Indian journal of veterinary science and animal husbandry - Volume 3,
Year: 1933
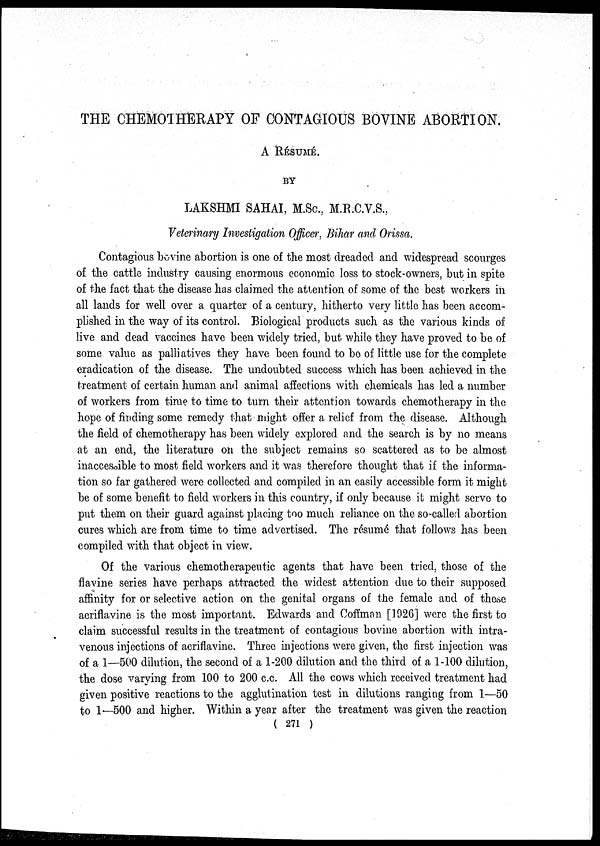
THE CHEMOTHERAPY OF CONTAGIOUS BOVINE ABORTION.
A RÉSUMÉ.
LAKSHMI SAHAI, M.Sc, M.R.C.V.S..
Veterinary Investigation Officer, Bihar and Orissa.
Contagious bovine abortion is one of the most dreaded and widespread scourges
of the cattle industry causing enormous economic loss to stock-owners, but in spite
of the fact that the disease has claimed the attention of some of the best workers in
all lands for well over a quarter of a century, hitherto very little has been accom-
plished in the way of its control. Biological products such as the various kinds of
live and dead vaccines have been widely tried, but while they have proved to be of
some value as palliatives they have been found to bo of little use for the complete
eradication of the disease. The undoubted success which has been achieved in the
treatment of certain human and animal affections with chemicals has led a number
of workers from time to time to turn their attention towards chemotherapy in the
hope of finding some remedy that might offer a relief from the disease. Although
the field of chemotherapy has been widely explored and the search is by no means
at an end, the literature on the subject remains so scattered as to be almost
inaccessible to most field workers and it was therefore thought that if the informa-
tion so far gathered were collected and compiled in an easily accessible form it might
be of some benefit to field workers in this country, if only because it might serve to
put them on their guard against placing too much reliance on the so-called abortion
cures which are from time to time advertised. The résumé that follows has been
compiled with that object in view.
Of the various chemotherapeutic agents that have been tried, those of the
flavine series have perhaps attracted the widest attention due to their supposed
affinity for or selective action on the genital organs of the female and of these
acriflavine is the most important. Edwards and Coffman [1926] were the first to
claim successful results in the treatment of contagious bovine abortion with intra-
venous injections of acriflavine. Three injections were given, the first injection was
of a 1—500 dilution, the second of a 1-200 dilution and the third of a 1-100 dilution,
the dose varying from 100 to 200 c.c. All the cows which received treatment had
given positive reactions to the agglutination test in dilutions ranging from 1—50
to 1—500 and higher. Within a year after the treatment was given the reaction
( 271 )